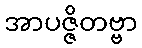
အာပဇ္ဇိတဗ္ဗာ